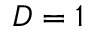
D = 1